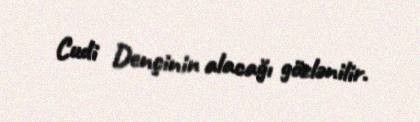
Cudi Dençinin alacağı gözlənilir.